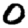
Digit: 0